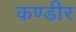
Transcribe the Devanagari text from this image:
कण्डीर